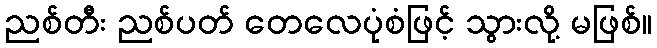
ညစ်တီး ညစ်ပတ် တေလေပုံစံဖြင့် သွားလို့ မဖြစ်။